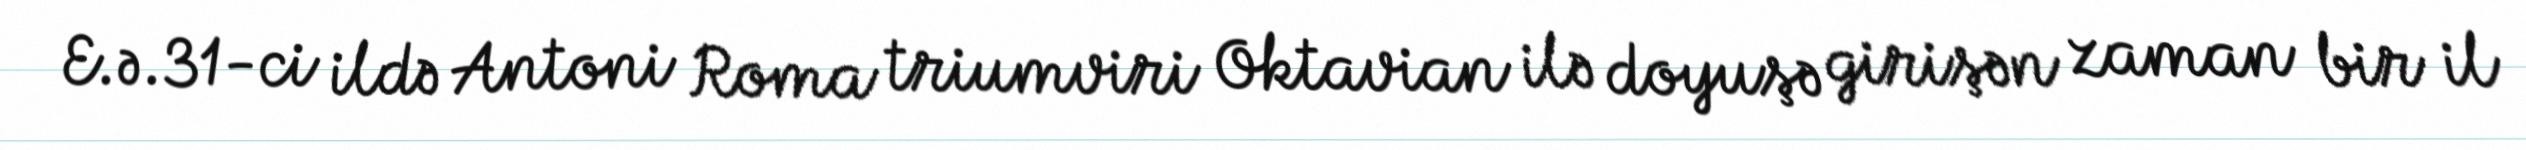
E.ə.31-ci ildə Antoni Roma triumviri Oktavian ilə doyuşə girişən zaman bir il